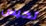
تحبس